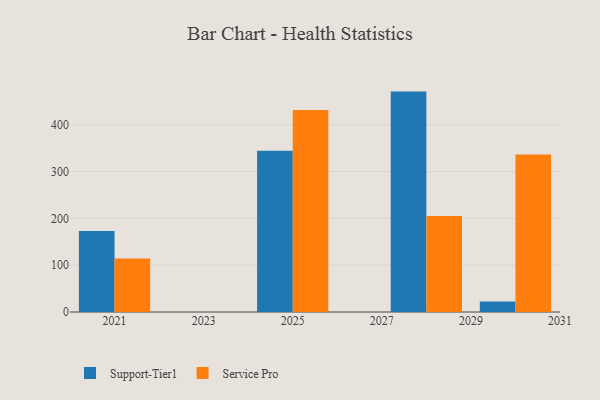
{"axis": {"x": "Year", "y": "Shipments"}, "legend": ["Service Pro", "Support-Tier1"], "data": [{"x": "2025", "y": 344.8, "type": "Support-Tier1"}, {"x": "2025", "y": 431.9, "type": "Service Pro"}, {"x": "2021", "y": 173.0, "type": "Support-Tier1"}, {"x": "2021", "y": 114.3, "type": "Service Pro"}, {"x": "2028", "y": 471.0, "type": "Support-Tier1"}, {"x": "2028", "y": 205.0, "type": "Service Pro"}, {"x": "2030", "y": 22.5, "type": "Support-Tier1"}, {"x": "2030", "y": 336.4, "type": "Service Pro"}]}